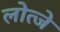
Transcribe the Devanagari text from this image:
लोत्जे